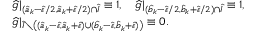
\begin{array} { r l } & { \widehat { g } | _ { ( \widehat { a } _ { k } - \widehat { \varepsilon } / 2 , \widehat { a } _ { k } + \widehat { \varepsilon } / 2 ) \cap \widehat { I } } \equiv 1 , \quad \widehat { g } | _ { ( \widehat { b } _ { k } - \widehat { \varepsilon } / 2 , \widehat { b } _ { k } + \widehat { \varepsilon } / 2 ) \cap \widehat { I } } \equiv 1 , } \\ & { \widehat { g } | _ { \widehat { I } \setminus \left( ( \widehat { a } _ { k } - \widehat { \varepsilon } , \widehat { a } _ { k } + \widehat { \varepsilon } ) \cup ( \widehat { b } _ { k } - \widehat { \varepsilon } , \widehat { b } _ { k } + \widehat { \varepsilon } ) \right) } \equiv 0 . } \end{array}